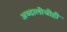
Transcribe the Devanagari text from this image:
अब्दालीचीही